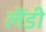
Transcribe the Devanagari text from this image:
लेँडी